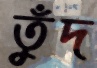
তুঁদ